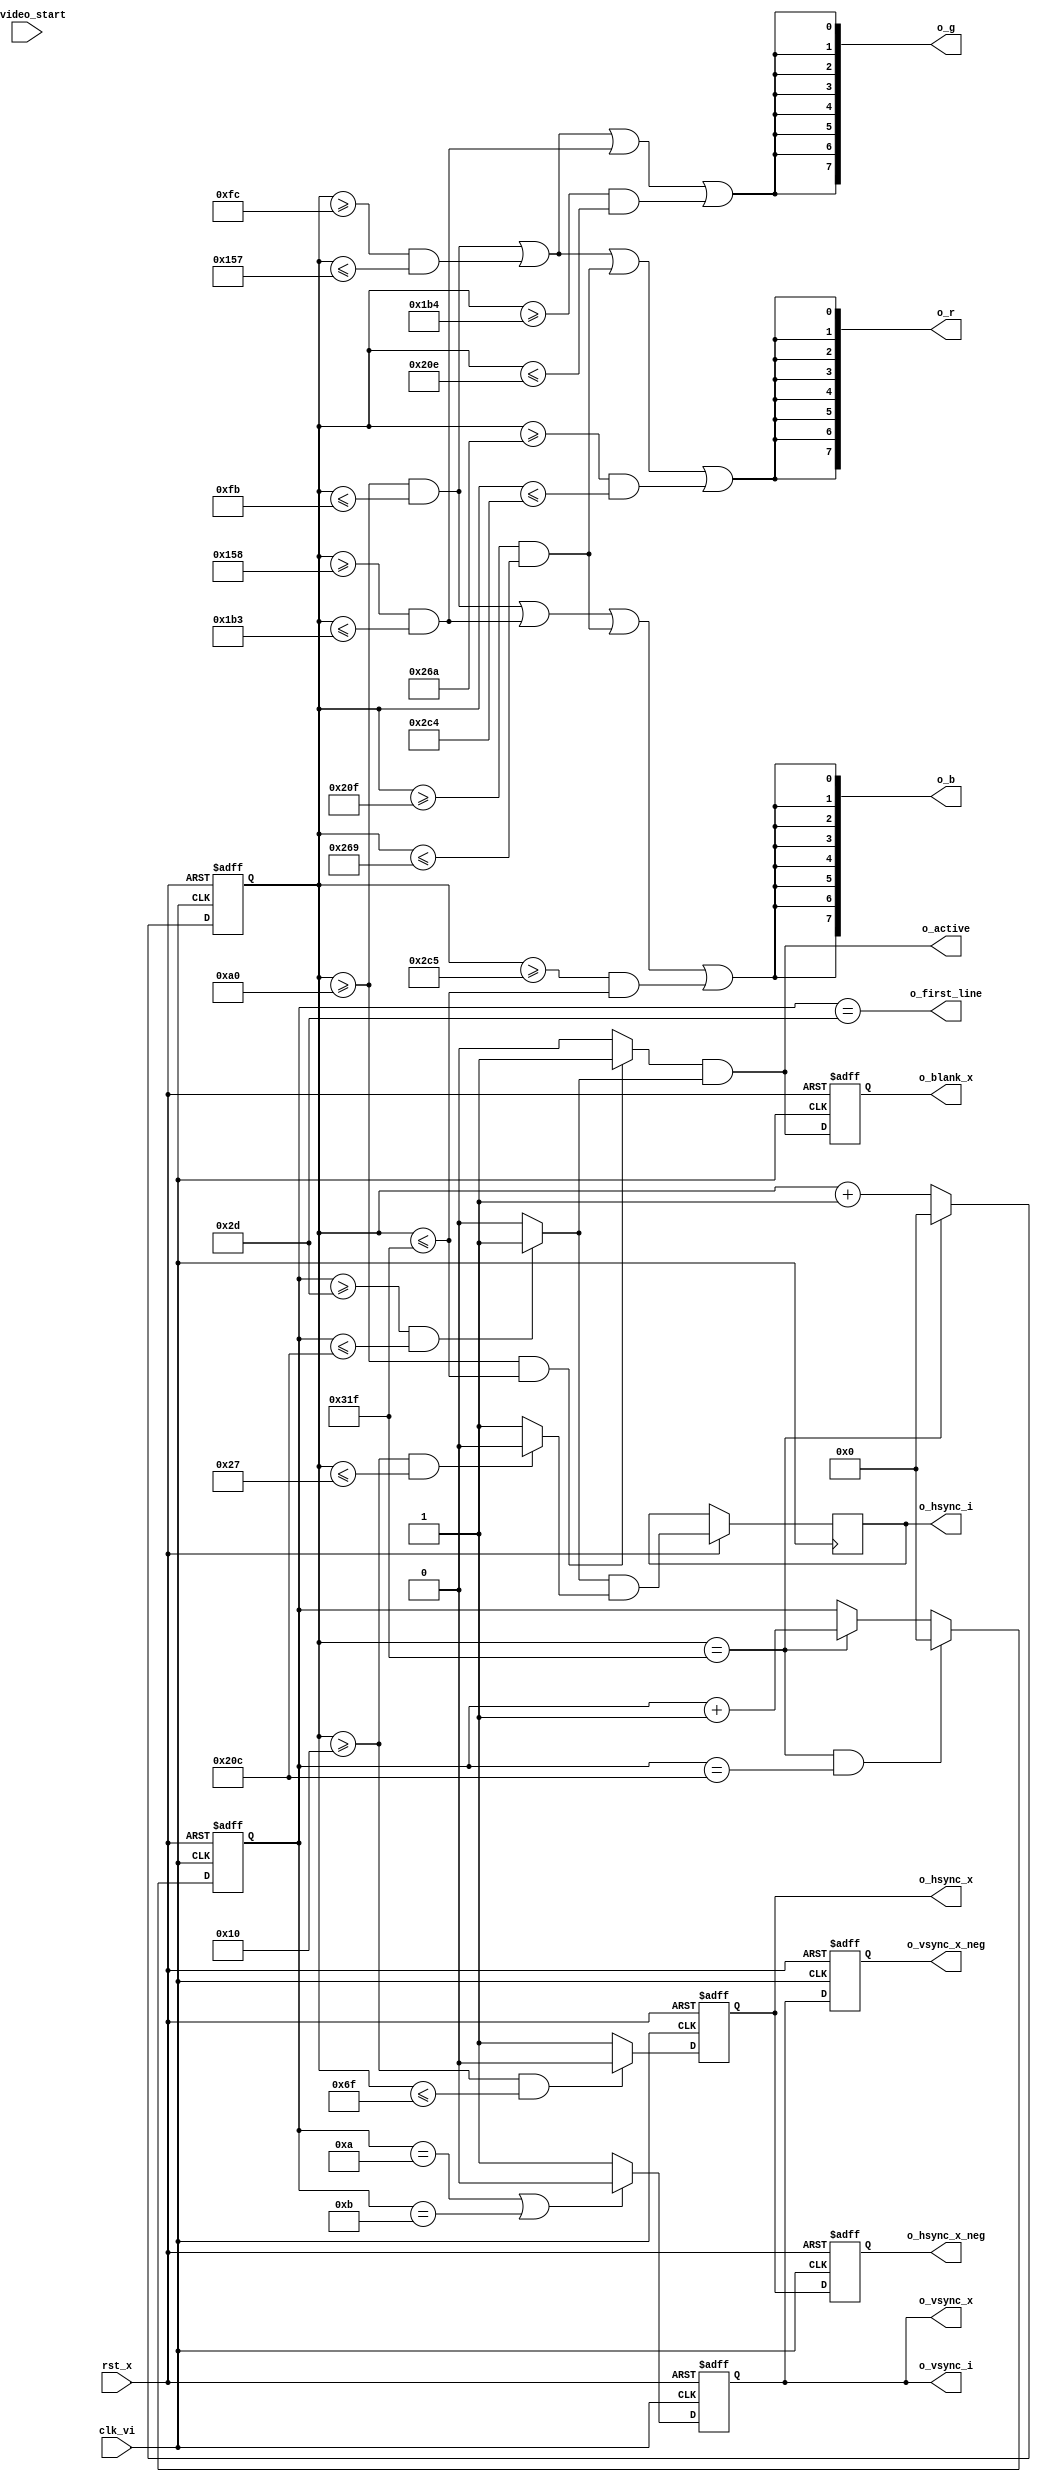
//=======================================================================
// Project Polyphony
//
// File:
//   fm_hvc_core.v
//
// Abstract:
//   HV counter core
//
//  Created:
//    8 August 2008
//
// Copyright (c) 2008  Kenji Ishimaru, All rights reserved.
//
//======================================================================
//
// Copyright (c) 2020, Kenji Ishimaru
// All rights reserved.
//
// Redistribution and use in source and binary forms, with or without
// modification, are permitted provided that the following conditions are met:
//
//  -Redistributions of source code must retain the above copyright notice,
//   this list of conditions and the following disclaimer.
//  -Redistributions in binary form must reproduce the above copyright notice,
//   this list of conditions and the following disclaimer in the documentation
//   and/or other materials provided with the distribution.
//
// THIS SOFTWARE IS PROVIDED BY THE COPYRIGHT HOLDERS AND CONTRIBUTORS "AS IS"
// AND ANY EXPRESS OR IMPLIED WARRANTIES, INCLUDING, BUT NOT LIMITED TO,
// THE IMPLIED WARRANTIES OF MERCHANTABILITY AND FITNESS FOR A PARTICULAR
// PURPOSE ARE DISCLAIMED. IN NO EVENT SHALL THE COPYRIGHT HOLDER OR
// CONTRIBUTORS BE LIABLE FOR ANY DIRECT, INDIRECT, INCIDENTAL, SPECIAL,
// EXEMPLARY, OR CONSEQUENTIAL DAMAGES (INCLUDING, BUT NOT LIMITED TO,
// PROCUREMENT OF SUBSTITUTE GOODS OR SERVICES; LOSS OF USE, DATA, OR PROFITS;
// OR BUSINESS INTERRUPTION) HOWEVER CAUSED AND ON ANY THEORY OF LIABILITY,
// WHETHER IN CONTRACT, STRICT LIABILITY, OR TORT (INCLUDING NEGLIGENCE OR
// OTHERWISE) ARISING IN ANY WAY OUT OF THE USE OF THIS SOFTWARE,
// EVEN IF ADVISED OF THE POSSIBILITY OF SUCH DAMAGE.
//

module fm_hvc_core (
    clk_vi,
    rst_x,
    // configuration registers
    i_video_start,
    // control out (only for internal use)
    o_vsync_i,
    o_hsync_i,
    // video out timing
    o_active,
    o_first_line,
    // video out
    o_r,
    o_g,
    o_b,
    o_vsync_x_neg,
    o_hsync_x_neg,
    o_vsync_x,
    o_hsync_x,
    o_blank_x
);

//////////////////////////////////
// I/O port definition
//////////////////////////////////
    input          clk_vi;     // 25MHz
    input          rst_x;
    // configuration registers
    input          i_video_start;
    // control out (only for internal use)
    output         o_vsync_i;
    output         o_hsync_i;
    // video out timing
    output         o_active;
    output         o_first_line;

    output [7:0]   o_r;
    output [7:0]   o_g;
    output [7:0]   o_b;
    output         o_vsync_x_neg;
    output         o_hsync_x_neg;
    output         o_vsync_x;
    output         o_hsync_x;
    output         o_blank_x;
//////////////////////////////////
// reg
//////////////////////////////////
    reg    [9:0]   r_hcnt;
    reg    [9:0]   r_vcnt;
    reg            r_vsync_x;
    reg            r_hsync_x;
    reg            r_hsync_x_i; // internal use, vactive only

    reg            r_blank_x;

    reg            r_vsync_neg;
    reg            r_hsync_neg;


//////////////////////////////////
// wire
//////////////////////////////////
    wire           w_h_end;
    wire           w_v_end;

    wire           w_vsync;
    wire           w_hsync;
    wire           w_hsync_dma;
    wire           w_hactive;
    wire           w_vactive_first;  // for aa
    wire           w_vactive;
    wire           w_active;
    wire           w_active_first;  // for aa

    // color bar
    wire       w_r_test_en = ((r_hcnt >= 160) & (r_hcnt <= 251)) |
                             ((r_hcnt >= 252) & (r_hcnt <= 343)) |
                             ((r_hcnt >= 527) & (r_hcnt <= 617)) |
                             ((r_hcnt >= 618) & (r_hcnt <= 708));
    wire       w_g_test_en = ((r_hcnt >= 160) & (r_hcnt <= 251)) |
                             ((r_hcnt >= 252) & (r_hcnt <= 343)) |
                             ((r_hcnt >= 344) & (r_hcnt <= 435)) |
                             ((r_hcnt >= 436) & (r_hcnt <= 526));
    wire       w_b_test_en = ((r_hcnt >= 160) & (r_hcnt <= 251)) |
                             ((r_hcnt >= 344) & (r_hcnt <= 435)) |
                             ((r_hcnt >= 527) & (r_hcnt <= 617)) |
                             ((r_hcnt >= 709) & (r_hcnt <= 799));

    wire [7:0] w_r_test = {8{w_r_test_en}};
    wire [7:0] w_g_test = {8{w_g_test_en}};
    wire [7:0] w_b_test = {8{w_b_test_en}};

    wire       w_hsync_x_i;
//////////////////////////////////
// assign
//////////////////////////////////

    // VGA : 60Hz
    assign w_h_end = (r_hcnt == 'd799);  // 800 clock
    assign w_v_end = w_h_end & (r_vcnt == 'd524);  // 525 line

    assign w_vsync = ((r_vcnt == 10'd10) | (r_vcnt == 10'd11)) ? 1'b0 : 1'b1;
    assign w_hsync = ((r_hcnt >= 10'd16)&(r_hcnt <= 10'd111)) ? 1'b0 : 1'b1;
    assign w_hsync_dma = ((r_hcnt >= 10'd16)&(r_hcnt <= 10'd39)) ? 1'b0 : 1'b1;

    assign w_hactive = ((r_hcnt >= 10'd160)&(r_hcnt <= 10'd799)) ? 1'b1 : 1'b0;
    assign w_vactive = ((r_vcnt >= 10'd45)&(r_vcnt <= 10'd524))  ? 1'b1 : 1'b0;
    assign w_vactive_first = (r_vcnt == 10'd45);

    assign w_active = w_hactive & w_vactive;
    assign w_active_first = w_vactive_first;

    assign w_hsync_x_i = w_vactive & w_hsync_dma;
    // color should be black in blanking
    //assign w_r = (w_active) ? w_rgb[7:0]   : 8'h00;
    //assign w_g = (w_active) ? w_rgb[15:8]  : 8'h00;
    //assign w_b = (w_active) ? w_rgb[23:16] : 8'h00;

    assign o_vsync_x_neg = r_vsync_neg;
    assign o_hsync_x_neg = r_hsync_neg;
    assign o_vsync_x = r_vsync_x;
    assign o_hsync_x = r_hsync_x;
    assign o_blank_x = r_blank_x;

    assign o_r = w_r_test;
    assign o_g = w_g_test;
    assign o_b = w_b_test;

    assign o_vsync_i = r_vsync_x;
    assign o_hsync_i = r_hsync_x_i;
    assign o_active = w_active;
    assign o_first_line = w_active_first;
//////////////////////////////////
// always
//////////////////////////////////
    // H counter
    always @(posedge clk_vi or negedge rst_x) begin
        if (~rst_x) begin
            r_hcnt <= 11'b0;
        end else begin
            if (w_h_end) r_hcnt <= 11'b0;
            else r_hcnt <= r_hcnt + 1'b1;
        end
    end

    // V counter
    always @(posedge clk_vi or negedge rst_x) begin
        if (~rst_x) begin
//            r_vcnt <= 10'd0;
//            r_vcnt <= 10'd36;   // this is only for faster simulatin
            r_vcnt <= 10'd9;   // this is only for faster simulatin (v rise)
        end else begin
            if (w_v_end) r_vcnt <= 10'd0;
            else if (w_h_end) r_vcnt <= r_vcnt + 1'b1;
        end
    end

   // sync
    always @(posedge clk_vi or negedge rst_x) begin
        if (~rst_x) begin
            r_vsync_x <= 1'b1;
            r_hsync_x <= 1'b1;
            r_blank_x <= 1'b1;
        end else begin
            r_vsync_x <= w_vsync;
            r_hsync_x <= w_hsync;
            r_hsync_x_i <= w_hsync_x_i;
            r_blank_x <= w_active;
        end
    end



    // neg-edge registers for output timing adjustment
    always @(negedge clk_vi or negedge rst_x) begin
        if (~rst_x) begin
            r_vsync_neg <= 1'b1;
            r_hsync_neg <= 1'b1;
        end else begin
            r_vsync_neg <= r_vsync_x;
            r_hsync_neg <= r_hsync_x;
        end
    end


endmodule